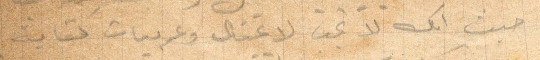
حيث انك لا تجد لا عتال وعربيات كفاية